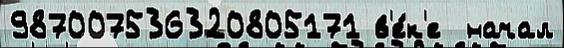
987007536320805171 в'е́к'е  начал